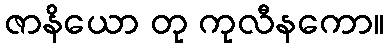
ဇာနိယော တု ကုလီနကော။